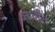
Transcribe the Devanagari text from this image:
व्र्तातील